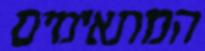
המתאימים